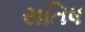
સતિષ